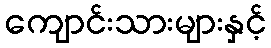
ကျောင်းသားများနှင့်